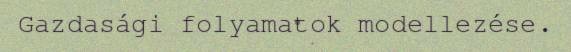
Gazdasági folyamatok modellezése.